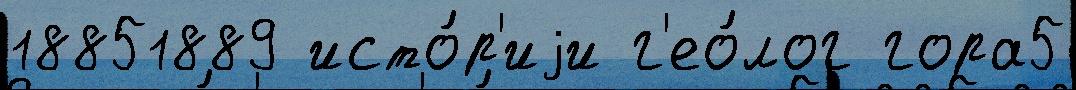
18851889 исто́р'иjи г'ео́лог гора5